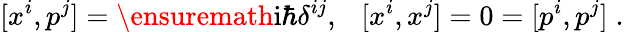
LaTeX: [x^{i},p^{j}]=\ensuremath{\mathrm{i}}\hbar\delta^{ij},\ \ \ [x^{i},x^{j}]=0=[p^{i},p^{j}]\; .